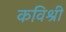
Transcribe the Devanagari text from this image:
कविश्री